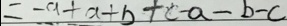
= - a + a + b + c - a - b - c